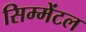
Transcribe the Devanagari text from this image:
सिम्मेंटल